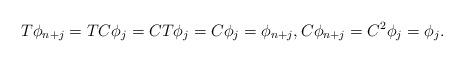
LaTeX: \begin{align*} T \phi_{n+j} = T C \phi_j = C T \phi_j = C \phi_j = \phi_{n+j}, C \phi_{n+j} = C^2 \phi_j = \phi_j. \end{align*}